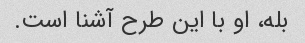
بله، او با این طرح آشنا است.